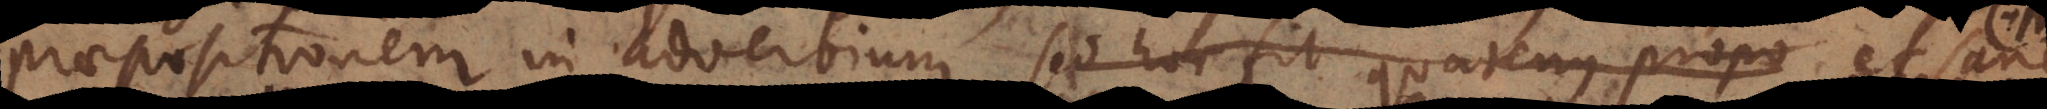
dverbium. De Adverbi; sed hoc fit quatenus propo et san